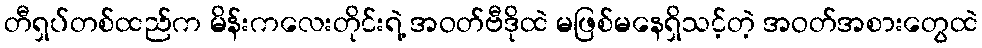
တီရှပ်တစ်ထည်က မိန်းကလေးတိုင်းရဲ့ အဝတ်ဗီဒိုထဲ မဖြစ်မနေရှိသင့်တဲ့ အဝတ်အစားတွေထဲ